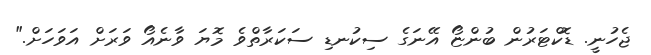
ޖެހުނީ. ޑޮކްޓަރުން ބުންޏޯ އޭނަގެ ސިކުނޑި ސަކަރާތްވެ މޮޔަ ވާނެއޯ ވަރަށް އަވަހަށް."